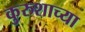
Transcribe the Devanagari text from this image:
कुरुशाच्या